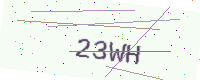
Text: 23WH